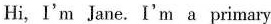
Hi, I'm Jane. I'm a primary